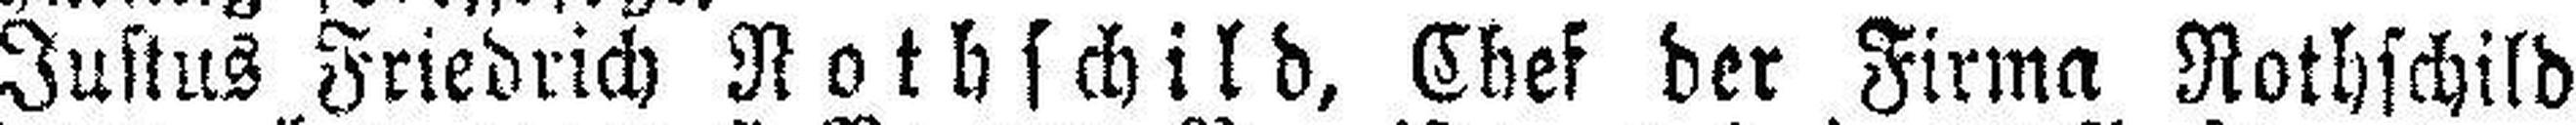
Justus Friedrich Rothschild, Chef der Firma Rothschild